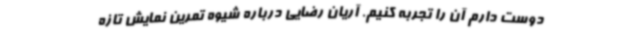
دوست دارم آن را تجربه کنیم. آریان رضایی درباره شیوه تمرین نمایش تازه